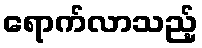
ရောက်လာသည့်